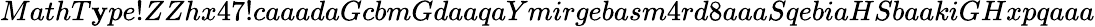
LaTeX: MathT\mathbf{y}pe!ZZhx47!caaadaGcbmGdaaqaYmirgebasm4rd8aaaSqebiaHSbaakiGHxpqaaa